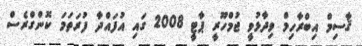
ޤާސިމް އިބްރާހިމް ވިދާޅުވީ ޖުމްހޫރީ ޕާޓީ 2008 ގައި އުފައްދާ ފުރަތަމަ ކޮންގްރެސް